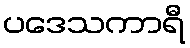
ပဒေသကာရီ